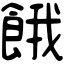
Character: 餓